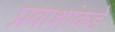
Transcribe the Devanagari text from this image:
प्रवाशांकडे